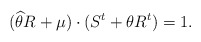
\begin{align*}(\widehat{\theta }R+\mu )\cdot (S^{t}+\theta R^{t})=1.\end{align*}